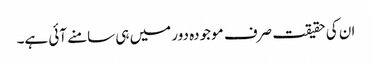
ان کی حقیقت صرف موجودہ دور میں ہی سامنے آئی ہے۔